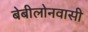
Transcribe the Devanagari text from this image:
बेबीलोनवासी